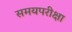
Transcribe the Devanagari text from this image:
समयपरीक्षा